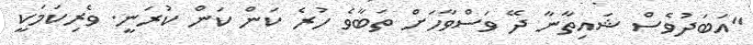
"އަބަދުވެސް ޝައިތާނާ ދޭ ވަސްވާހަށް ތަބާވެ ހުރެ ކަން ކަން ކުރަނީ. ވެރިކަމަކީ